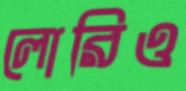
লোরিও